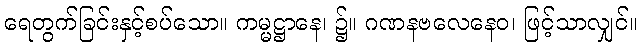
ရေတွက်ခြင်းနှင့်စပ်သော။ ကမ္မဋ္ဌာနေ၊ ၌။ ဂဏနဗလေနေဝ၊ ဖြင့်သာလျှင်။